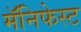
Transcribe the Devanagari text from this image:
मॅनिफेस्ट